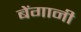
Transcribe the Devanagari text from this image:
बेंगानी